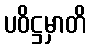
ပဝိဋ္ဌမှာတိ